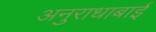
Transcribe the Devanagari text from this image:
अनुराधाबाई